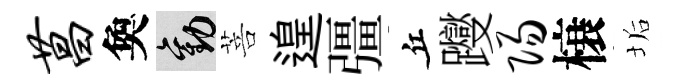
菖奐勸菩遑彊丘躞阳榱垢